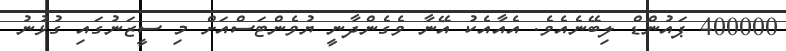
400000 ޕައުންޑް ލިބޭނެއެވެ. އެއާއެކު އޭނާ ވެގެންދާނީ ޔުވެންޓަސްއަށް މި ސީޒަނުގައި ގުޅުނު